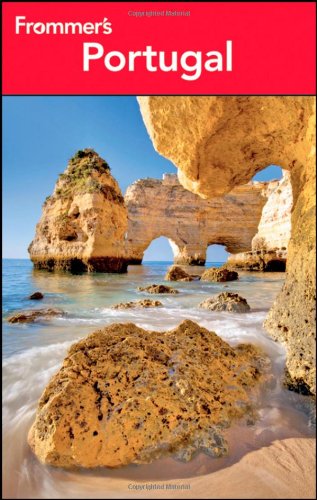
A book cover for Frommer's Portugal (Frommer's Complete Guides); Darwin Porter; Travel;